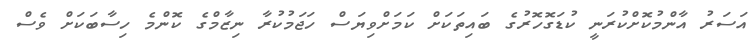
އަސަރު އާންމުކޮށްކުރަނީ ކުޑަގޮހޮރުގެ ބައިތަކަށް ކަމަށްވިޔަސް ހަޖަމުކުރާ ނިޒާމްގެ ކޮންމެ ހިސާބަކަށް ވެސް